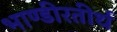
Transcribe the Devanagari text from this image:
भाण्डीरतीर्थ